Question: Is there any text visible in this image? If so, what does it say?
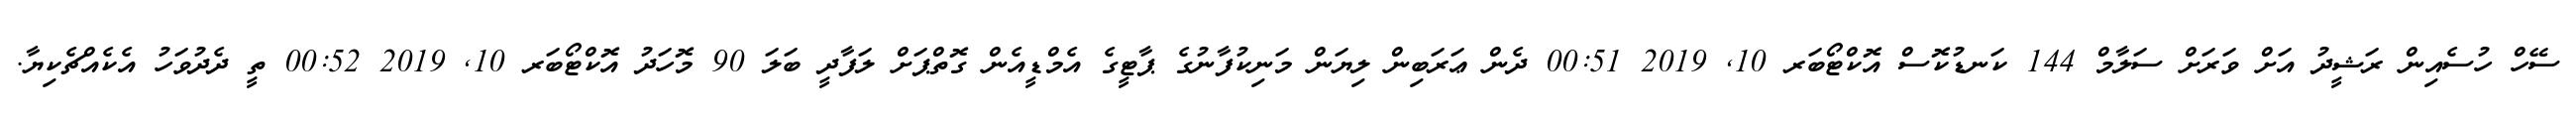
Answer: ސޭހް ހުސެއިން ރަޝީދު އަށް ވަރަށް ސަލާމް 144 ކަނޑުކޮސް އޮކްޓޯބަރ 10, 2019 00:51 ދެން ޢަރަބިން ލިޔަން މަނިކުފާނުގެ ޕާޓީގެ އެމްޑީއެން ގޮތްޕަށް ލަފާދީ ބަލަ 90 މޮހަދު އޮކްޓޯބަރ 10, 2019 00:52 ތީ ދެދުވަހު އެކެއްޗެކިޔާ.